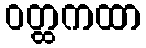
ဝတ္ထကထာ